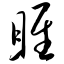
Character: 雎